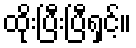
ထိုးပြီးပြီရှင့်။